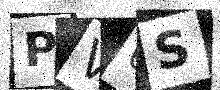
Text: PV0S